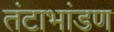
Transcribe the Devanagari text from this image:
तंटाभांडण